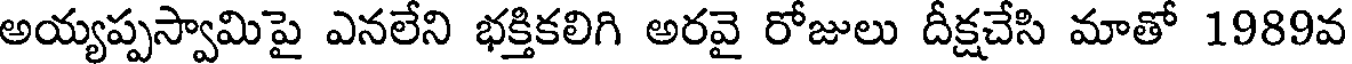
అయ్యప్పస్వామిపై ఎనలేని భక్తికలిగి అరవై రోజులు దీక్షచేసి మాతో 1989వ